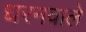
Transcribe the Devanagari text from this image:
धरनवाले